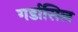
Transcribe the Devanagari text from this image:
गर्डासिल